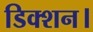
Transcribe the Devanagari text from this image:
डिक्शन।